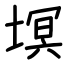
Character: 塓